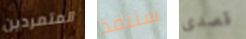
المتمردين سننقذ قصدى